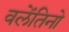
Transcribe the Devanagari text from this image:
वलेंतिनो